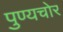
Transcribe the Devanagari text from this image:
पुण्यचोर